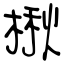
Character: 楸